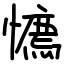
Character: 𢢘